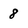
Character: 8